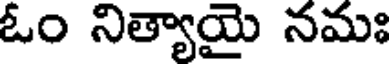
ఓం నిత్యాయై నమః